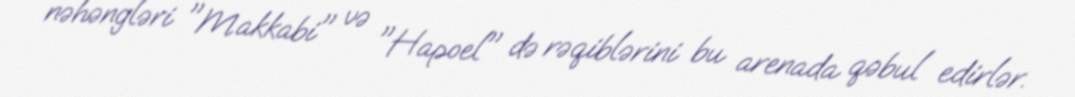
nəhəngləri "Makkabi" və "Hapoel" də rəqiblərini bu arenada qəbul edirlər.